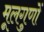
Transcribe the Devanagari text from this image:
मूलगुणों